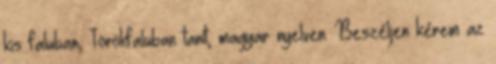
kis faluban, Törökfaluban tanít, magyar nyelven. Beszéljen kérem az